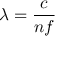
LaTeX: \lambda = { \frac { c } { n f } }